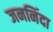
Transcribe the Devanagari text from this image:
जननिंदा